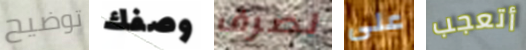
توضيح وصفك لصرف على أتعجب